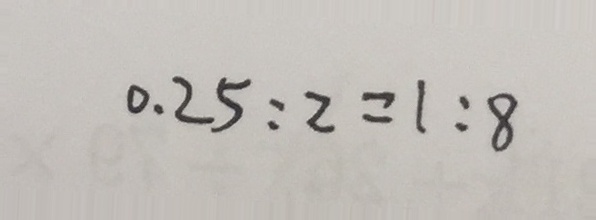
0 . 2 5 : 2 = 1 : 8